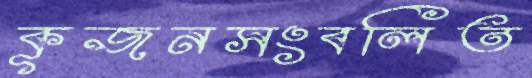
কূজনসংবলিত